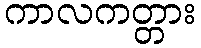
ကာလကတ္တား